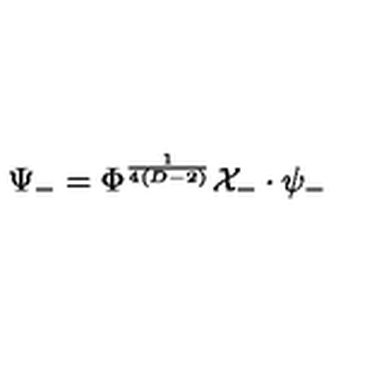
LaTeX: \Psi _ { - } = \Phi ^ { \frac { 1 } { 4 ( D - 2 ) } } { \cal X } _ { - } \cdot \psi _ { - }